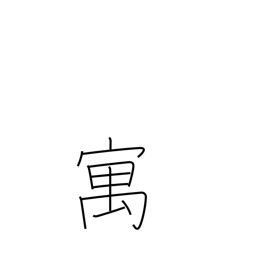
Meaning: temporary abode